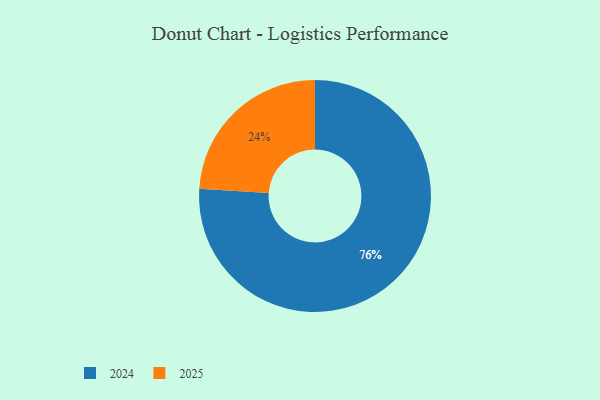
{"axis": {"x": "Category", "y": "Percentage"}, "legend": ["2024", "2025"], "data": [{"x": "2025", "y": 24, "type": "2025"}, {"x": "2024", "y": 76, "type": "2024"}]}